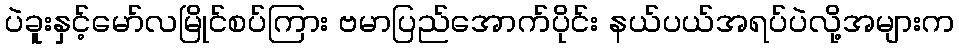
ပဲခူးနှင့်မော်လမြိုင်စပ်ကြား ဗမာပြည်အောက်ပိုင်း နယ်ပယ်အရပ်ပဲလို့အများက